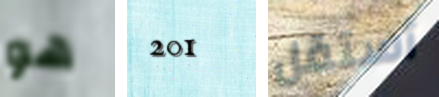
هو 201 أستقل